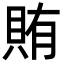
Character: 賄